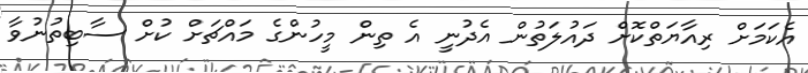
އެކަމަށް ރިއާޔަތްކޮށް ދައުލަތުން އެދުނީ އެ ތިން މީހުންގެ މައްޗަށް ކުށް ސާބިތުނުވާ